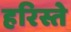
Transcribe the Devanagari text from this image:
हरिस्ते